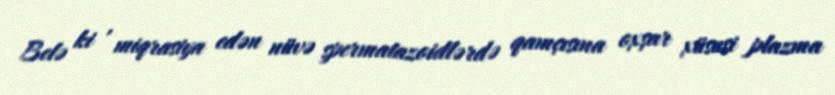
Belə ki , miqrasiya edən nüvə spermatazoidlərdə qamçısına oxşar xüsusi plazma